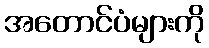
အတောင်ပံများကို